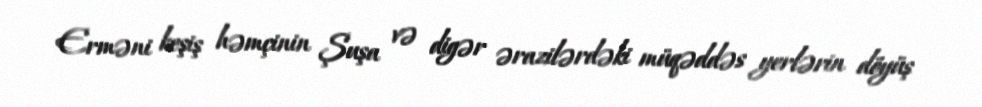
Erməni keşiş həmçinin Şuşa və digər ərazilərdəki müqəddəs yerlərin döyüş